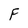
Character: F